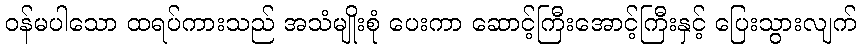
ဝန်မပါသော ထရပ်ကားသည် အသံမျိုးစုံ ပေးကာ ဆောင့်ကြီးအောင့်ကြီးနှင့် ပြေးသွားလျက်